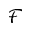
\mathcal { F }